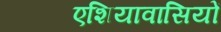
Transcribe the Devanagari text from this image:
एशियावासियों